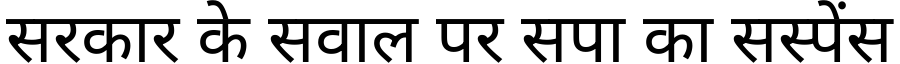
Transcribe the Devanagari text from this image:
सरकार के सवाल पर सपा का सस्पेंस